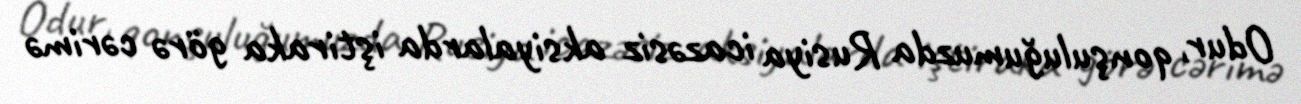
Odur, qonşuluğumuzda Rusiya icazəsiz aksiyalarda iştiraka görə cərimə